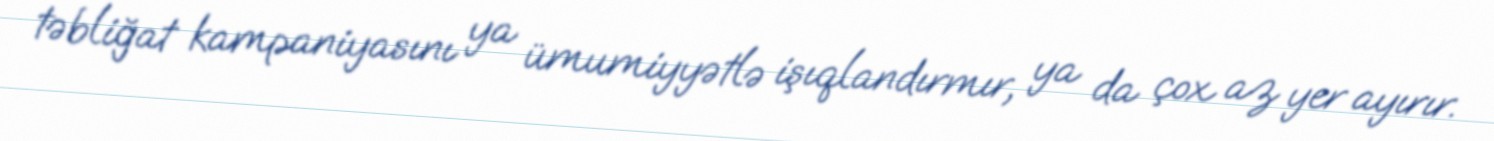
təbliğat kampaniyasını ya ümumiyyətlə işıqlandırmır, ya da çox az yer ayırır.